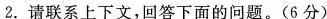
2.请联系上下文，回答下面的问题。(6分)